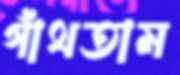
গাঁথতাম